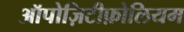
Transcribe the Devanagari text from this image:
ऑपोज़िटीफ़ोलियम